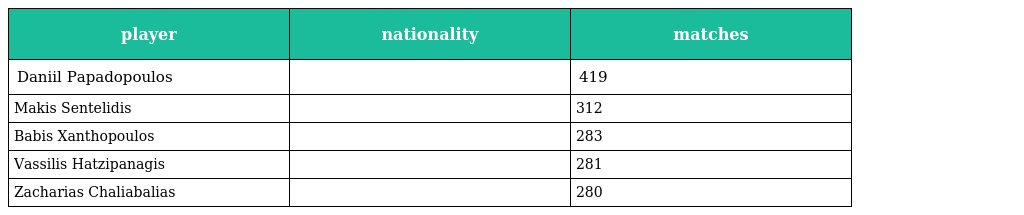
| player | nationality | matches |
 | --- | --- | --- |
 | Daniil Papadopoulos |  | 419 |
 | Makis Sentelidis |  | 312 |
 | Babis Xanthopoulos |  | 283 |
 | Vassilis Hatzipanagis |  | 281 |
 | Zacharias Chaliabalias |  | 280 |